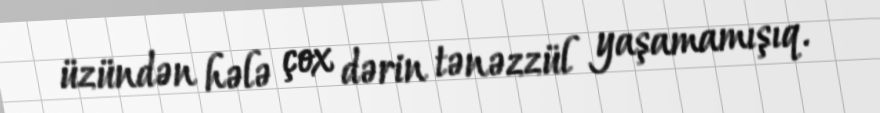
üzündən hələ çox dərin tənəzzül yaşamamışıq.